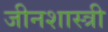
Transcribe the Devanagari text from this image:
जीनशास्त्री